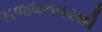
રાજધનવરથી